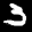
Label: 3